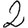
Digit: 2